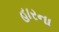
હારના